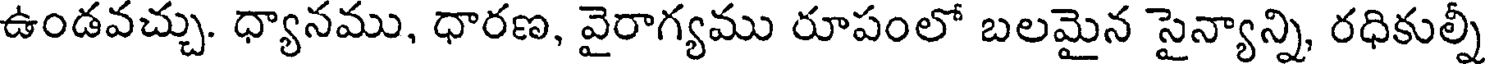
ఉండవచ్చు. ధ్యానము, ధారణ, వైరాగ్యము రూపంలో బలమైన సైన్యాన్ని, రధికుల్నీ